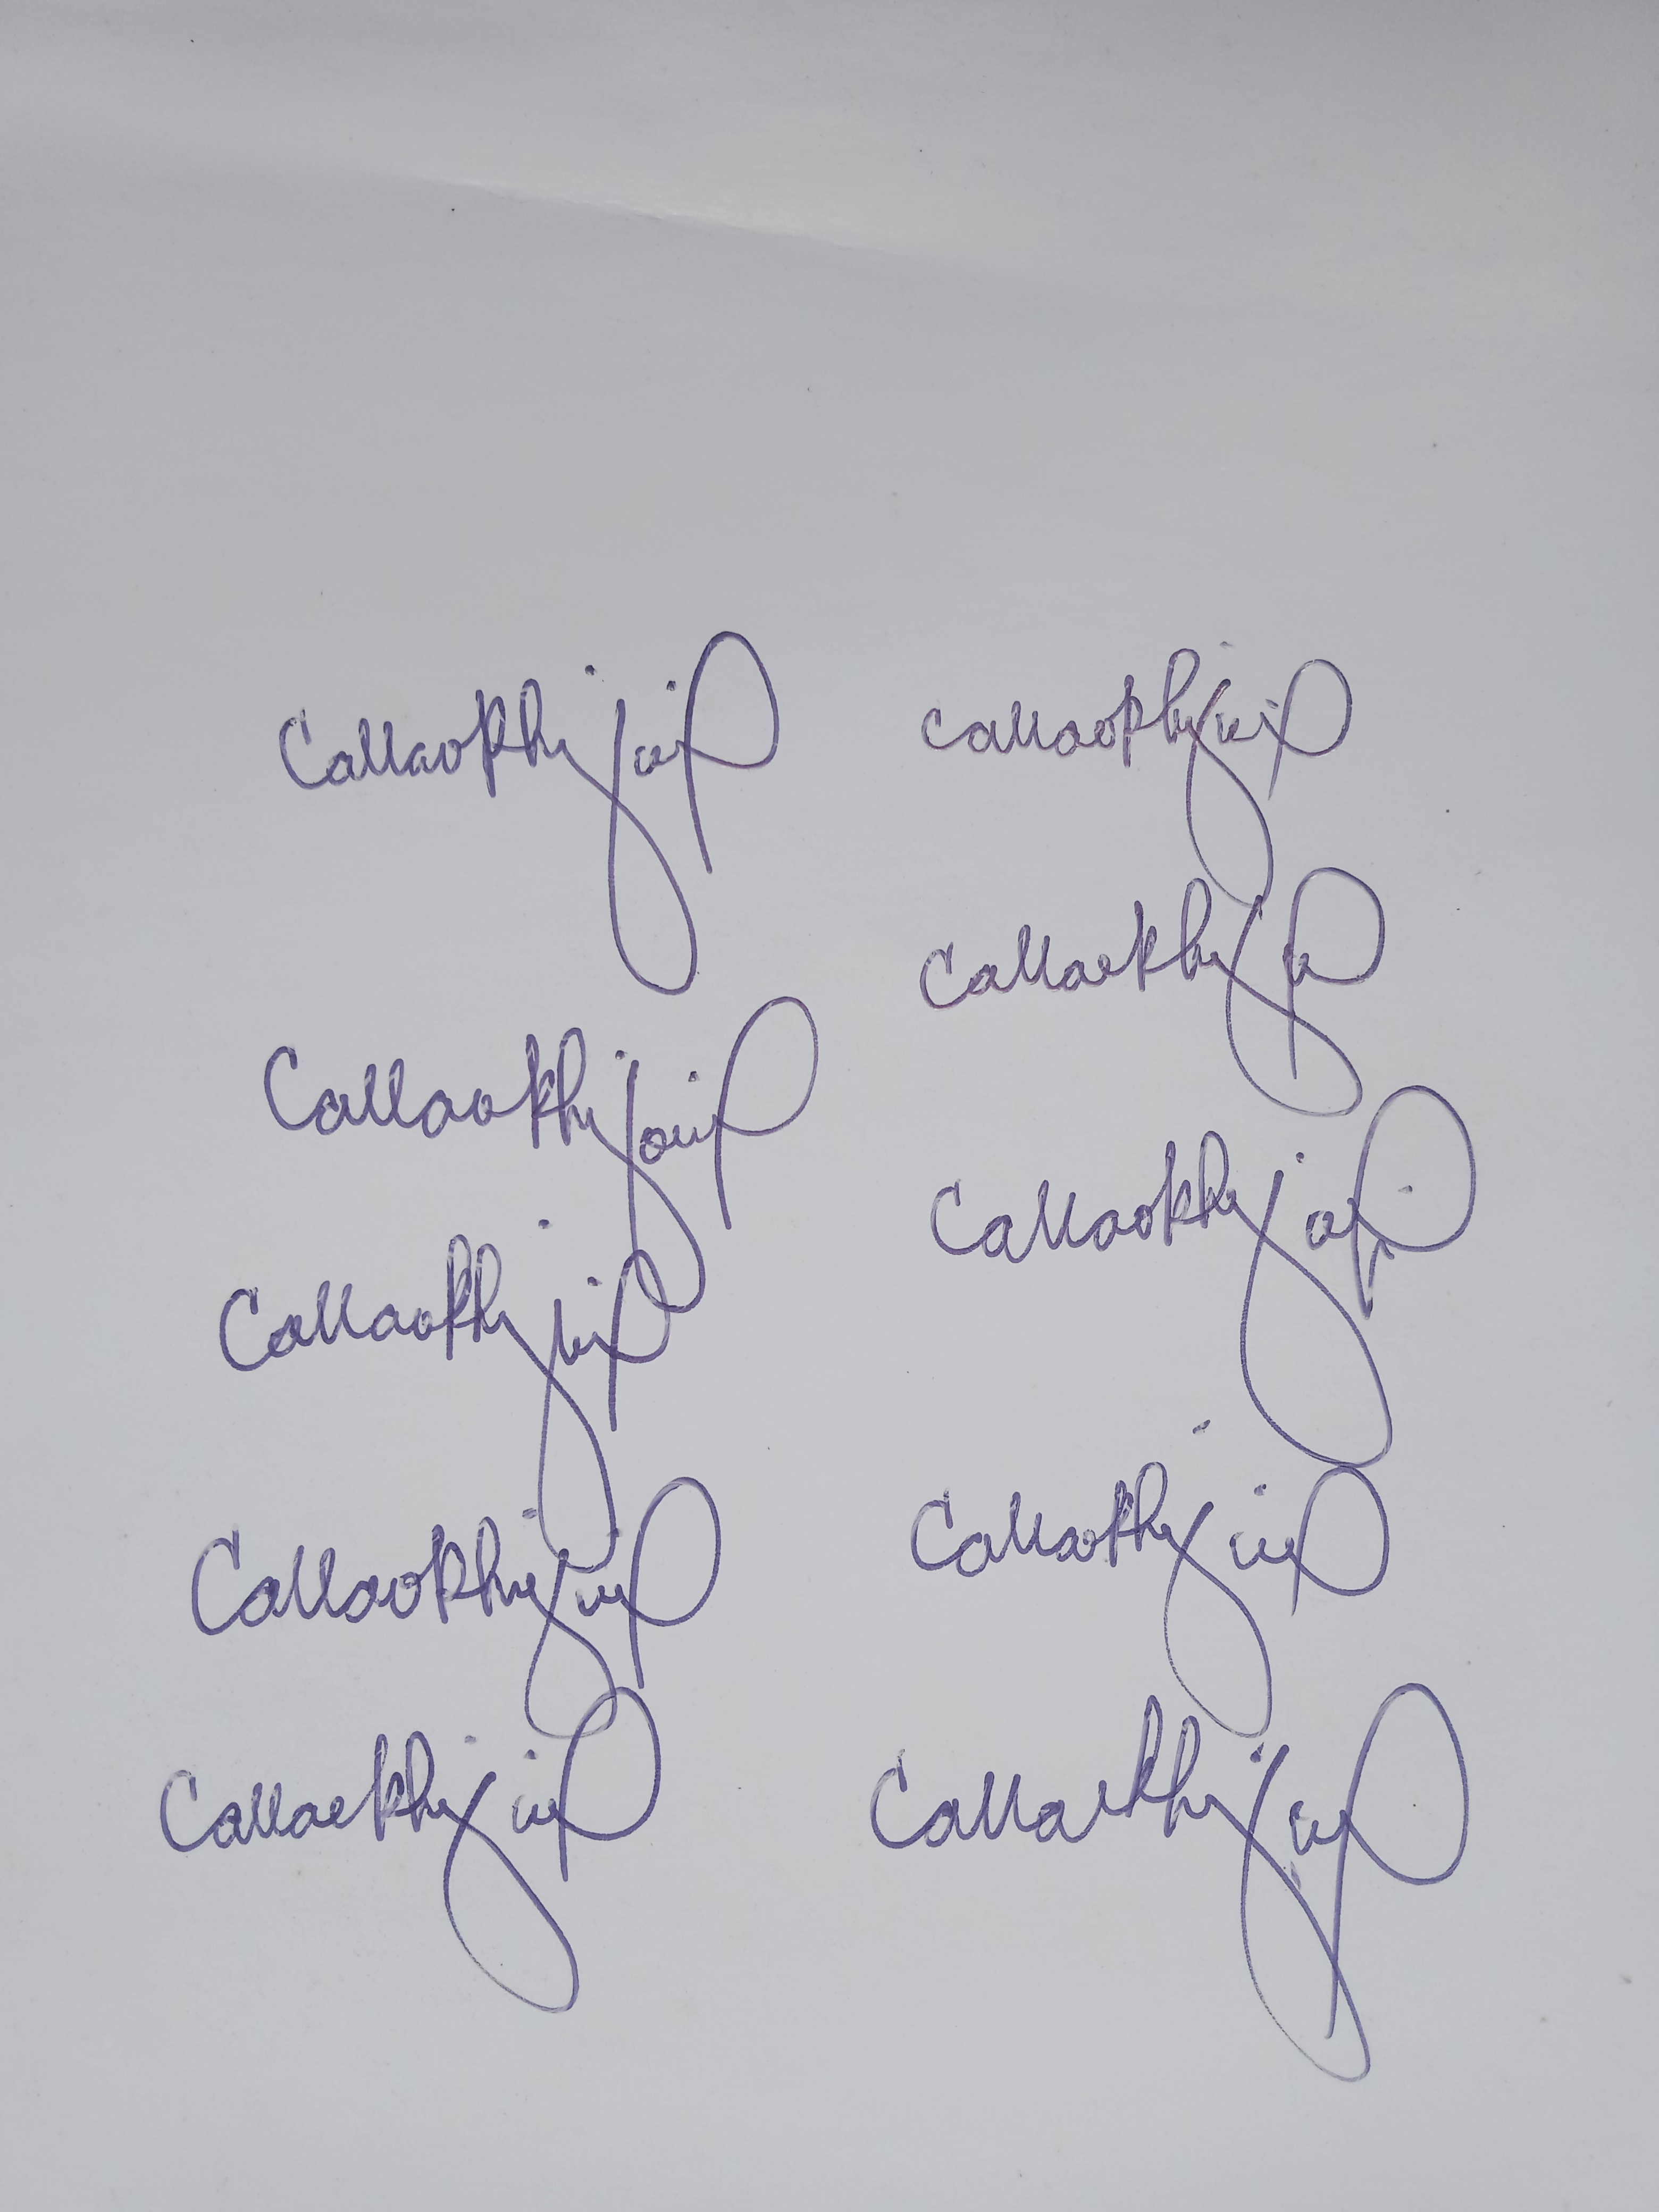
Signature authenticity: genuine